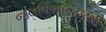
જલવિભાજકથી